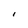
Character: I